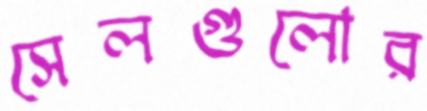
সেলগুলোর